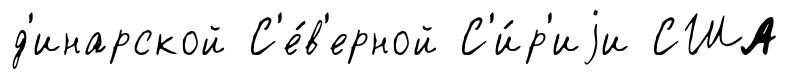
д'инарской С'е́в'ерной С'и́р'иjи США